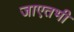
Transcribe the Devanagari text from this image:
जाएतभी